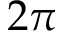
2 \pi